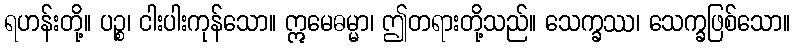
ရဟန်းတို့။ ပဉ္စ၊ ငါးပါးကုန်သော။ ဣမေဓမ္မာ၊ ဤတရားတို့သည်။ သေက္ခဿ၊ သေက္ခဖြစ်သော။